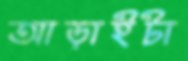
আড়াইটা